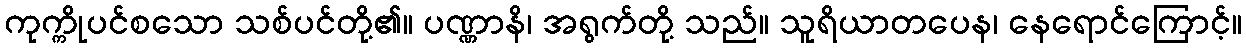
ကုက္ကိုပင်စသော သစ်ပင်တို့၏။ ပဏ္ဏာနိ၊ အရွက်တို့ သည်။ သူရိယာတပေန၊ နေရောင်ကြောင့်။